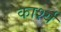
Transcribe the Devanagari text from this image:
कार्श्य